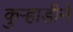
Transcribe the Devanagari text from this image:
कुऱ्हाडीने